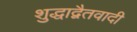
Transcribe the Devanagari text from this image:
शुद्धाद्वैतवादी